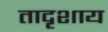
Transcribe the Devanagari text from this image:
तादृशाय